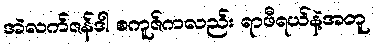
အဲလက်ဇန်ဒါ စကူဇ်ကလည်း ရာဖီရယ်နဲ့အတူ